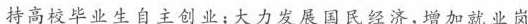
持高校毕业生自主创业；大力发展国民经济，增加就业岗